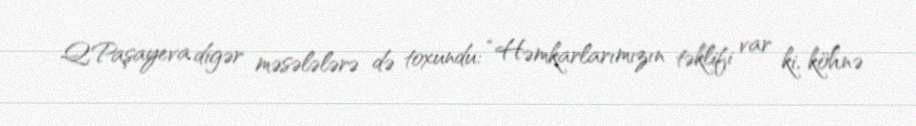
Q.Paşayeva digər məsələlərə də toxundu: “Həmkarlarımızın təklifi var ki, köhnə